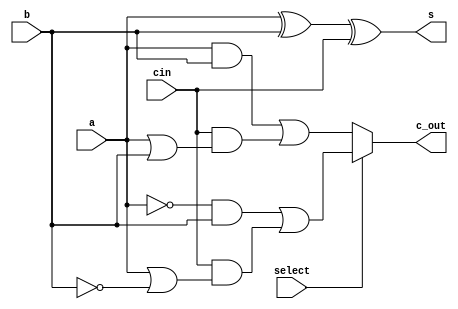
module Full_Adder_Subtractor (
    output reg s, // Sum
    output reg c_out, // Carry-out or Borrow-out
    input a,      // Operand A
    input b,      // Operand B
    input cin,    // Carry-in or Borrow-in
    input select  // Select line (1 for subtraction, 0 for addition)
);

always @(a, b, cin, select)
begin
    if (select == 1'b1) // Subtraction
    begin
        s = a ^ b ^ cin; // Difference
        c_out = (~a & b) | (cin & (a | ~b));
    end
    else // Addition
    begin
        s = a ^ b ^ cin; // Sum
        c_out = (a & b) | (cin & (a | b));
    end
end

endmodule